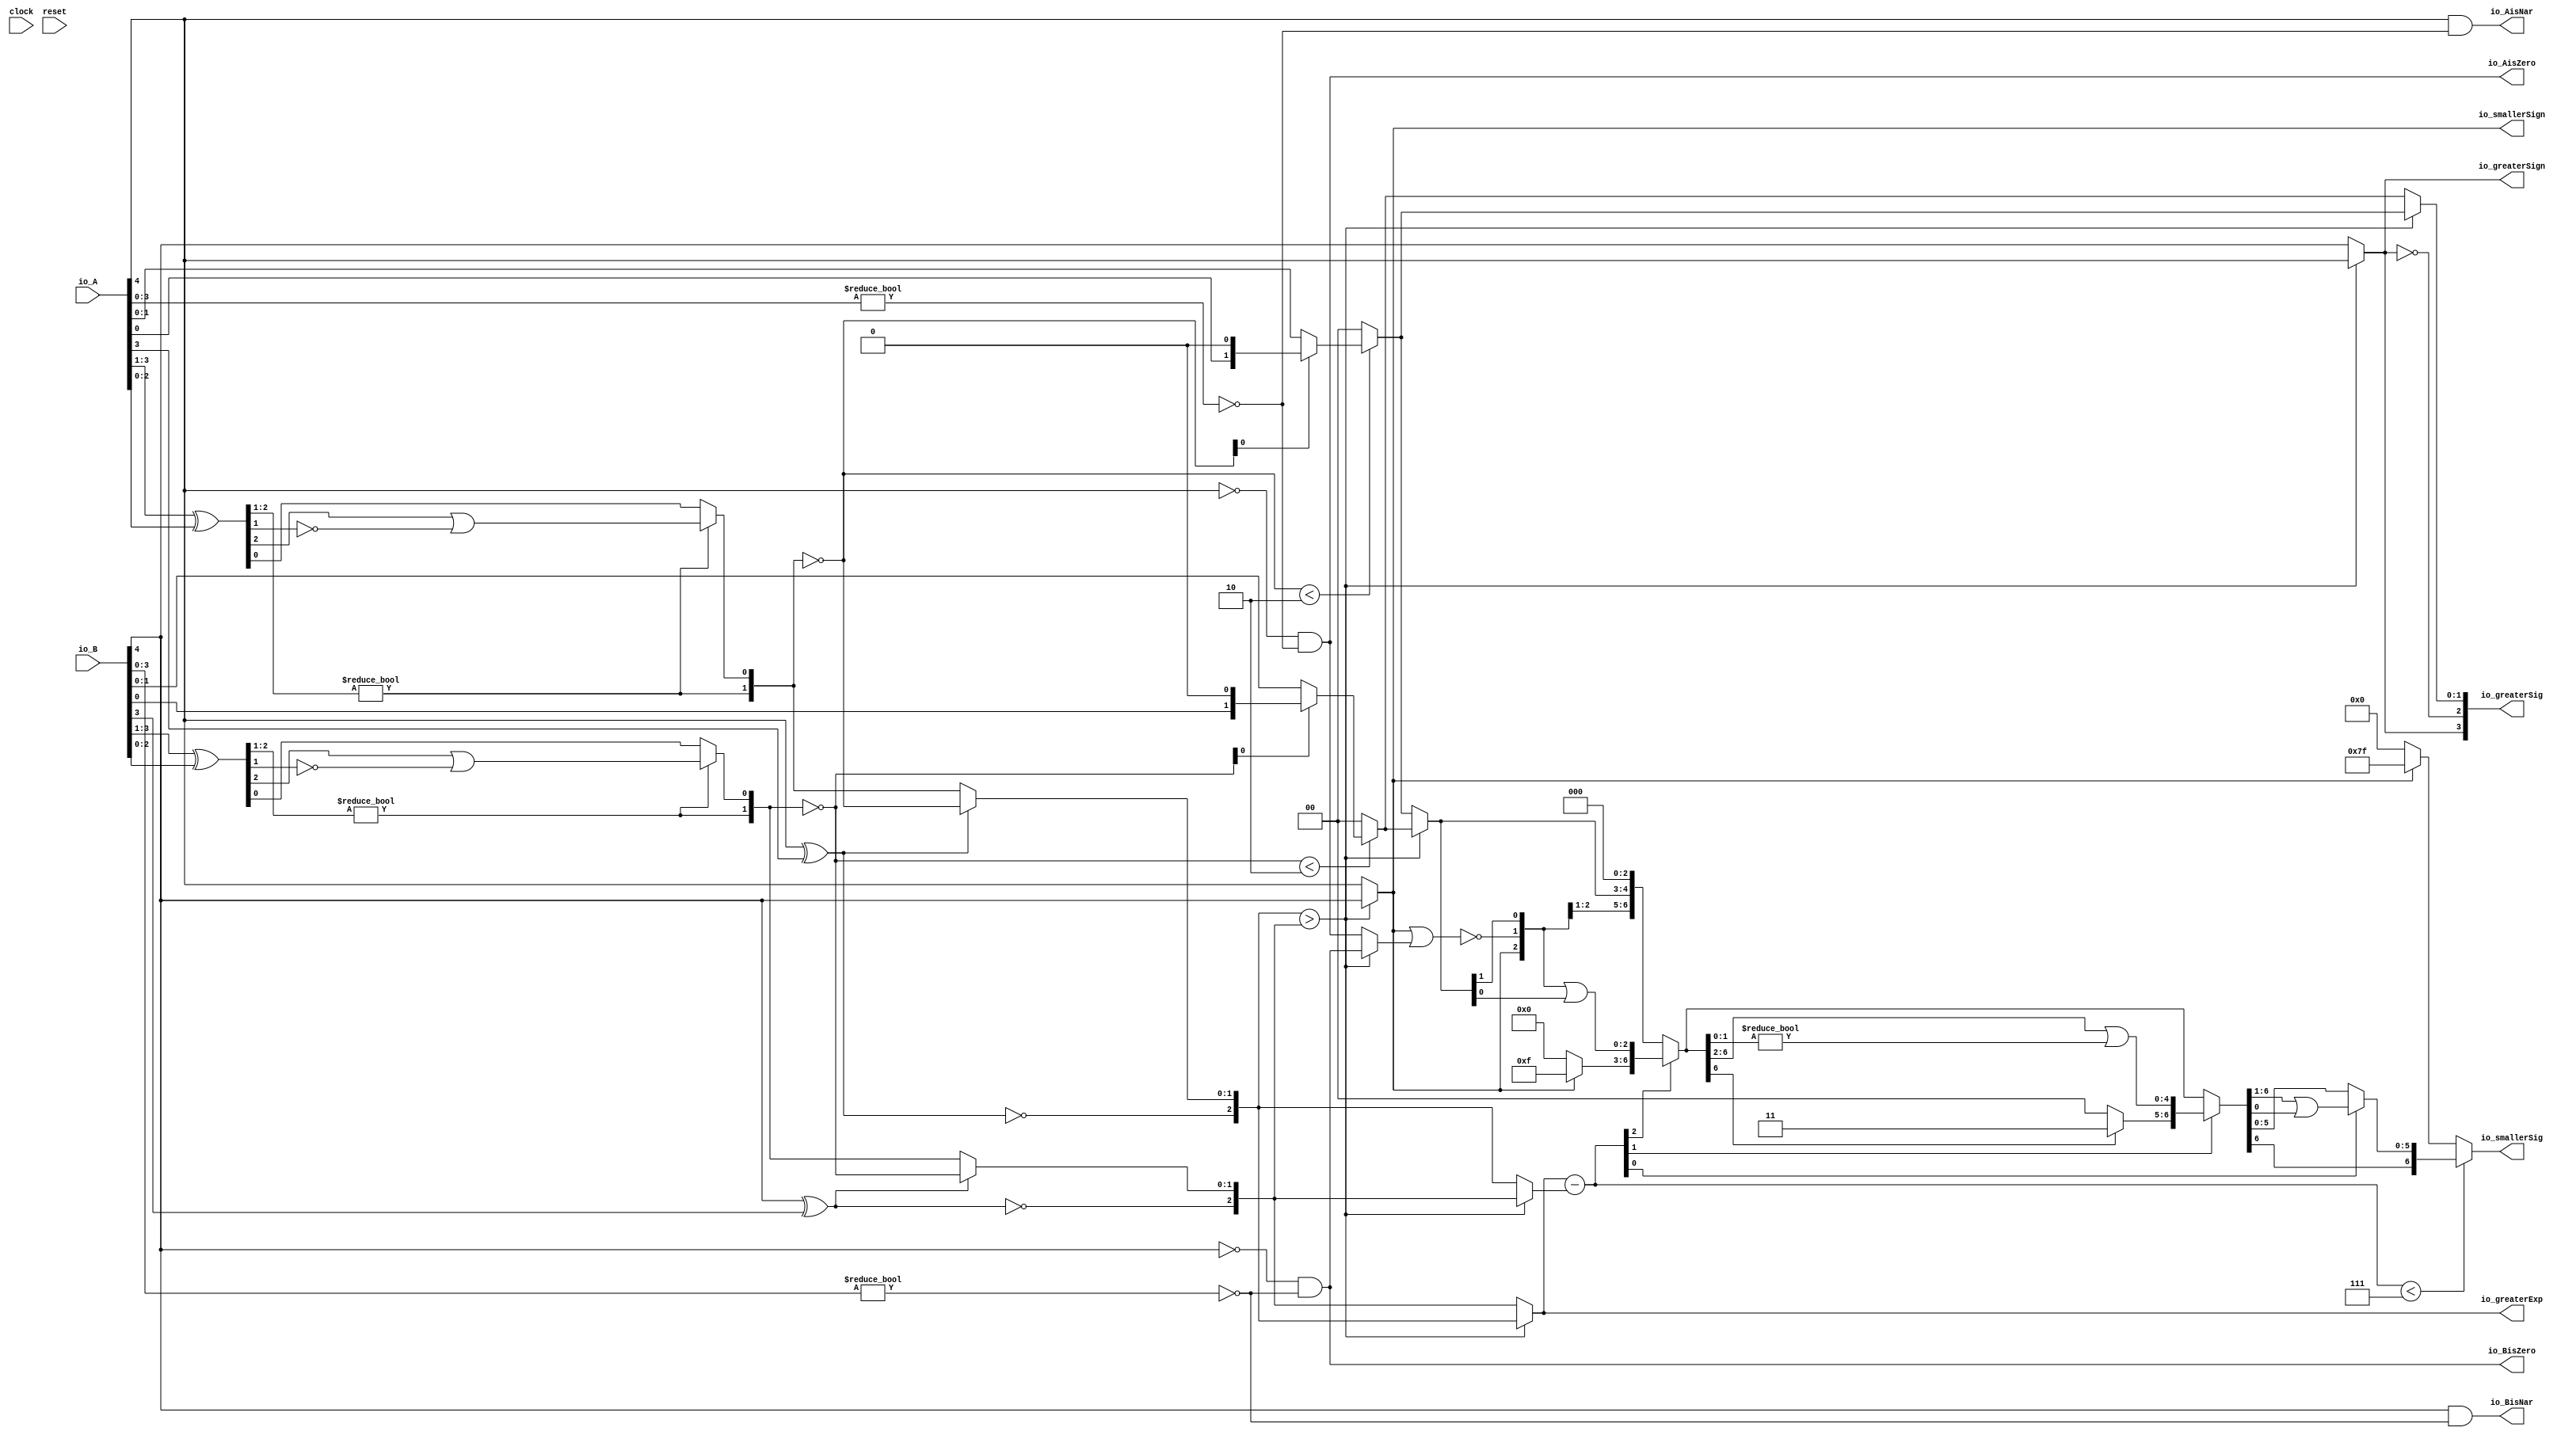
module Sig_op5_0(
  input        clock,
  input        reset,
  input  [4:0] io_A,
  input  [4:0] io_B,
  output       io_greaterSign,
  output       io_smallerSign,
  output [2:0] io_greaterExp,
  output [3:0] io_greaterSig,
  output [6:0] io_smallerSig,
  output       io_AisNar,
  output       io_BisNar,
  output       io_AisZero,
  output       io_BisZero
);
  wire  _T_1; // @[convert.scala 18:24]
  wire  _T_2; // @[convert.scala 18:40]
  wire  _T_3; // @[convert.scala 18:36]
  wire [2:0] _T_4; // @[convert.scala 19:24]
  wire [2:0] _T_5; // @[convert.scala 19:43]
  wire [2:0] _T_6; // @[convert.scala 19:39]
  wire [1:0] _T_7; // @[LZD.scala 43:32]
  wire  _T_8; // @[LZD.scala 39:14]
  wire  _T_9; // @[LZD.scala 39:21]
  wire  _T_10; // @[LZD.scala 39:30]
  wire  _T_11; // @[LZD.scala 39:27]
  wire  _T_12; // @[LZD.scala 39:25]
  wire [1:0] _T_13; // @[Cat.scala 29:58]
  wire  _T_14; // @[LZD.scala 44:32]
  wire  _T_16; // @[Shift.scala 12:21]
  wire  _T_18; // @[LZD.scala 55:32]
  wire  _T_19; // @[LZD.scala 55:20]
  wire [1:0] _T_20; // @[Cat.scala 29:58]
  wire [1:0] _T_21; // @[convert.scala 21:22]
  wire [1:0] _T_22; // @[convert.scala 22:36]
  wire  _T_23; // @[Shift.scala 16:24]
  wire  _T_24; // @[Shift.scala 17:37]
  wire  _T_26; // @[Shift.scala 64:52]
  wire [1:0] _T_27; // @[Cat.scala 29:58]
  wire [1:0] _T_28; // @[Shift.scala 64:27]
  wire [1:0] decA_fraction; // @[Shift.scala 16:10]
  wire  _T_32; // @[convert.scala 25:26]
  wire [1:0] _T_34; // @[convert.scala 25:42]
  wire [2:0] _T_35; // @[Cat.scala 29:58]
  wire [3:0] _T_37; // @[convert.scala 29:56]
  wire  _T_38; // @[convert.scala 29:60]
  wire  _T_39; // @[convert.scala 29:41]
  wire  _T_42; // @[convert.scala 30:19]
  wire  decA_isZero; // @[convert.scala 30:41]
  wire [2:0] decA_scale; // @[convert.scala 32:24]
  wire  _T_51; // @[convert.scala 18:24]
  wire  _T_52; // @[convert.scala 18:40]
  wire  _T_53; // @[convert.scala 18:36]
  wire [2:0] _T_54; // @[convert.scala 19:24]
  wire [2:0] _T_55; // @[convert.scala 19:43]
  wire [2:0] _T_56; // @[convert.scala 19:39]
  wire [1:0] _T_57; // @[LZD.scala 43:32]
  wire  _T_58; // @[LZD.scala 39:14]
  wire  _T_59; // @[LZD.scala 39:21]
  wire  _T_60; // @[LZD.scala 39:30]
  wire  _T_61; // @[LZD.scala 39:27]
  wire  _T_62; // @[LZD.scala 39:25]
  wire [1:0] _T_63; // @[Cat.scala 29:58]
  wire  _T_64; // @[LZD.scala 44:32]
  wire  _T_66; // @[Shift.scala 12:21]
  wire  _T_68; // @[LZD.scala 55:32]
  wire  _T_69; // @[LZD.scala 55:20]
  wire [1:0] _T_70; // @[Cat.scala 29:58]
  wire [1:0] _T_71; // @[convert.scala 21:22]
  wire [1:0] _T_72; // @[convert.scala 22:36]
  wire  _T_73; // @[Shift.scala 16:24]
  wire  _T_74; // @[Shift.scala 17:37]
  wire  _T_76; // @[Shift.scala 64:52]
  wire [1:0] _T_77; // @[Cat.scala 29:58]
  wire [1:0] _T_78; // @[Shift.scala 64:27]
  wire [1:0] decB_fraction; // @[Shift.scala 16:10]
  wire  _T_82; // @[convert.scala 25:26]
  wire [1:0] _T_84; // @[convert.scala 25:42]
  wire [2:0] _T_85; // @[Cat.scala 29:58]
  wire [3:0] _T_87; // @[convert.scala 29:56]
  wire  _T_88; // @[convert.scala 29:60]
  wire  _T_89; // @[convert.scala 29:41]
  wire  _T_92; // @[convert.scala 30:19]
  wire  decB_isZero; // @[convert.scala 30:41]
  wire [2:0] decB_scale; // @[convert.scala 32:24]
  wire  aGTb; // @[Sig_op.scala 38:32]
  wire [2:0] smallerExp; // @[Sig_op.scala 42:24]
  wire [1:0] greaterFrac; // @[Sig_op.scala 43:24]
  wire [1:0] smallerFrac; // @[Sig_op.scala 44:24]
  wire  smallerZero; // @[Sig_op.scala 45:24]
  wire [2:0] _T_104; // @[Sig_op.scala 46:35]
  wire [2:0] scale_diff; // @[Sig_op.scala 46:35]
  wire  _T_105; // @[Sig_op.scala 51:53]
  wire  _T_106; // @[Sig_op.scala 51:36]
  wire [6:0] _T_109; // @[Cat.scala 29:58]
  wire [2:0] _T_110; // @[Sig_op.scala 51:124]
  wire  _T_111; // @[Shift.scala 39:24]
  wire [2:0] _T_113; // @[Shift.scala 90:30]
  wire [3:0] _T_114; // @[Shift.scala 90:48]
  wire  _T_115; // @[Shift.scala 90:57]
  wire [2:0] _GEN_0; // @[Shift.scala 90:39]
  wire [2:0] _T_116; // @[Shift.scala 90:39]
  wire  _T_117; // @[Shift.scala 12:21]
  wire  _T_118; // @[Shift.scala 12:21]
  wire [3:0] _T_120; // @[Bitwise.scala 71:12]
  wire [6:0] _T_121; // @[Cat.scala 29:58]
  wire [6:0] _T_122; // @[Shift.scala 91:22]
  wire [1:0] _T_123; // @[Shift.scala 92:77]
  wire [4:0] _T_124; // @[Shift.scala 90:30]
  wire [1:0] _T_125; // @[Shift.scala 90:48]
  wire  _T_126; // @[Shift.scala 90:57]
  wire [4:0] _GEN_1; // @[Shift.scala 90:39]
  wire [4:0] _T_127; // @[Shift.scala 90:39]
  wire  _T_128; // @[Shift.scala 12:21]
  wire  _T_129; // @[Shift.scala 12:21]
  wire [1:0] _T_131; // @[Bitwise.scala 71:12]
  wire [6:0] _T_132; // @[Cat.scala 29:58]
  wire [6:0] _T_133; // @[Shift.scala 91:22]
  wire  _T_134; // @[Shift.scala 92:77]
  wire [5:0] _T_135; // @[Shift.scala 90:30]
  wire  _T_136; // @[Shift.scala 90:48]
  wire [5:0] _GEN_2; // @[Shift.scala 90:39]
  wire [5:0] _T_138; // @[Shift.scala 90:39]
  wire  _T_140; // @[Shift.scala 12:21]
  wire [6:0] _T_141; // @[Cat.scala 29:58]
  wire [6:0] _T_142; // @[Shift.scala 91:22]
  wire [6:0] _T_145; // @[Bitwise.scala 71:12]
  wire  _T_146; // @[Sig_op.scala 57:40]
  wire [1:0] _T_147; // @[Cat.scala 29:58]
  assign _T_1 = io_A[4]; // @[convert.scala 18:24]
  assign _T_2 = io_A[3]; // @[convert.scala 18:40]
  assign _T_3 = _T_1 ^ _T_2; // @[convert.scala 18:36]
  assign _T_4 = io_A[3:1]; // @[convert.scala 19:24]
  assign _T_5 = io_A[2:0]; // @[convert.scala 19:43]
  assign _T_6 = _T_4 ^ _T_5; // @[convert.scala 19:39]
  assign _T_7 = _T_6[2:1]; // @[LZD.scala 43:32]
  assign _T_8 = _T_7 != 2'h0; // @[LZD.scala 39:14]
  assign _T_9 = _T_7[1]; // @[LZD.scala 39:21]
  assign _T_10 = _T_7[0]; // @[LZD.scala 39:30]
  assign _T_11 = ~ _T_10; // @[LZD.scala 39:27]
  assign _T_12 = _T_9 | _T_11; // @[LZD.scala 39:25]
  assign _T_13 = {_T_8,_T_12}; // @[Cat.scala 29:58]
  assign _T_14 = _T_6[0:0]; // @[LZD.scala 44:32]
  assign _T_16 = _T_13[1]; // @[Shift.scala 12:21]
  assign _T_18 = _T_13[0:0]; // @[LZD.scala 55:32]
  assign _T_19 = _T_16 ? _T_18 : _T_14; // @[LZD.scala 55:20]
  assign _T_20 = {_T_16,_T_19}; // @[Cat.scala 29:58]
  assign _T_21 = ~ _T_20; // @[convert.scala 21:22]
  assign _T_22 = io_A[1:0]; // @[convert.scala 22:36]
  assign _T_23 = _T_21 < 2'h2; // @[Shift.scala 16:24]
  assign _T_24 = _T_21[0]; // @[Shift.scala 17:37]
  assign _T_26 = _T_22[0:0]; // @[Shift.scala 64:52]
  assign _T_27 = {_T_26,1'h0}; // @[Cat.scala 29:58]
  assign _T_28 = _T_24 ? _T_27 : _T_22; // @[Shift.scala 64:27]
  assign decA_fraction = _T_23 ? _T_28 : 2'h0; // @[Shift.scala 16:10]
  assign _T_32 = _T_3 == 1'h0; // @[convert.scala 25:26]
  assign _T_34 = _T_3 ? _T_21 : _T_20; // @[convert.scala 25:42]
  assign _T_35 = {_T_32,_T_34}; // @[Cat.scala 29:58]
  assign _T_37 = io_A[3:0]; // @[convert.scala 29:56]
  assign _T_38 = _T_37 != 4'h0; // @[convert.scala 29:60]
  assign _T_39 = ~ _T_38; // @[convert.scala 29:41]
  assign _T_42 = _T_1 == 1'h0; // @[convert.scala 30:19]
  assign decA_isZero = _T_42 & _T_39; // @[convert.scala 30:41]
  assign decA_scale = $signed(_T_35); // @[convert.scala 32:24]
  assign _T_51 = io_B[4]; // @[convert.scala 18:24]
  assign _T_52 = io_B[3]; // @[convert.scala 18:40]
  assign _T_53 = _T_51 ^ _T_52; // @[convert.scala 18:36]
  assign _T_54 = io_B[3:1]; // @[convert.scala 19:24]
  assign _T_55 = io_B[2:0]; // @[convert.scala 19:43]
  assign _T_56 = _T_54 ^ _T_55; // @[convert.scala 19:39]
  assign _T_57 = _T_56[2:1]; // @[LZD.scala 43:32]
  assign _T_58 = _T_57 != 2'h0; // @[LZD.scala 39:14]
  assign _T_59 = _T_57[1]; // @[LZD.scala 39:21]
  assign _T_60 = _T_57[0]; // @[LZD.scala 39:30]
  assign _T_61 = ~ _T_60; // @[LZD.scala 39:27]
  assign _T_62 = _T_59 | _T_61; // @[LZD.scala 39:25]
  assign _T_63 = {_T_58,_T_62}; // @[Cat.scala 29:58]
  assign _T_64 = _T_56[0:0]; // @[LZD.scala 44:32]
  assign _T_66 = _T_63[1]; // @[Shift.scala 12:21]
  assign _T_68 = _T_63[0:0]; // @[LZD.scala 55:32]
  assign _T_69 = _T_66 ? _T_68 : _T_64; // @[LZD.scala 55:20]
  assign _T_70 = {_T_66,_T_69}; // @[Cat.scala 29:58]
  assign _T_71 = ~ _T_70; // @[convert.scala 21:22]
  assign _T_72 = io_B[1:0]; // @[convert.scala 22:36]
  assign _T_73 = _T_71 < 2'h2; // @[Shift.scala 16:24]
  assign _T_74 = _T_71[0]; // @[Shift.scala 17:37]
  assign _T_76 = _T_72[0:0]; // @[Shift.scala 64:52]
  assign _T_77 = {_T_76,1'h0}; // @[Cat.scala 29:58]
  assign _T_78 = _T_74 ? _T_77 : _T_72; // @[Shift.scala 64:27]
  assign decB_fraction = _T_73 ? _T_78 : 2'h0; // @[Shift.scala 16:10]
  assign _T_82 = _T_53 == 1'h0; // @[convert.scala 25:26]
  assign _T_84 = _T_53 ? _T_71 : _T_70; // @[convert.scala 25:42]
  assign _T_85 = {_T_82,_T_84}; // @[Cat.scala 29:58]
  assign _T_87 = io_B[3:0]; // @[convert.scala 29:56]
  assign _T_88 = _T_87 != 4'h0; // @[convert.scala 29:60]
  assign _T_89 = ~ _T_88; // @[convert.scala 29:41]
  assign _T_92 = _T_51 == 1'h0; // @[convert.scala 30:19]
  assign decB_isZero = _T_92 & _T_89; // @[convert.scala 30:41]
  assign decB_scale = $signed(_T_85); // @[convert.scala 32:24]
  assign aGTb = $signed(decA_scale) > $signed(decB_scale); // @[Sig_op.scala 38:32]
  assign smallerExp = aGTb ? $signed(decB_scale) : $signed(decA_scale); // @[Sig_op.scala 42:24]
  assign greaterFrac = aGTb ? decA_fraction : decB_fraction; // @[Sig_op.scala 43:24]
  assign smallerFrac = aGTb ? decB_fraction : decA_fraction; // @[Sig_op.scala 44:24]
  assign smallerZero = aGTb ? decB_isZero : decA_isZero; // @[Sig_op.scala 45:24]
  assign _T_104 = $signed(io_greaterExp) - $signed(smallerExp); // @[Sig_op.scala 46:35]
  assign scale_diff = $signed(_T_104); // @[Sig_op.scala 46:35]
  assign _T_105 = io_smallerSign | smallerZero; // @[Sig_op.scala 51:53]
  assign _T_106 = ~ _T_105; // @[Sig_op.scala 51:36]
  assign _T_109 = {io_smallerSign,_T_106,smallerFrac,3'h0}; // @[Cat.scala 29:58]
  assign _T_110 = $unsigned(scale_diff); // @[Sig_op.scala 51:124]
  assign _T_111 = _T_110 < 3'h7; // @[Shift.scala 39:24]
  assign _T_113 = _T_109[6:4]; // @[Shift.scala 90:30]
  assign _T_114 = _T_109[3:0]; // @[Shift.scala 90:48]
  assign _T_115 = _T_114 != 4'h0; // @[Shift.scala 90:57]
  assign _GEN_0 = {{2'd0}, _T_115}; // @[Shift.scala 90:39]
  assign _T_116 = _T_113 | _GEN_0; // @[Shift.scala 90:39]
  assign _T_117 = _T_110[2]; // @[Shift.scala 12:21]
  assign _T_118 = _T_109[6]; // @[Shift.scala 12:21]
  assign _T_120 = _T_118 ? 4'hf : 4'h0; // @[Bitwise.scala 71:12]
  assign _T_121 = {_T_120,_T_116}; // @[Cat.scala 29:58]
  assign _T_122 = _T_117 ? _T_121 : _T_109; // @[Shift.scala 91:22]
  assign _T_123 = _T_110[1:0]; // @[Shift.scala 92:77]
  assign _T_124 = _T_122[6:2]; // @[Shift.scala 90:30]
  assign _T_125 = _T_122[1:0]; // @[Shift.scala 90:48]
  assign _T_126 = _T_125 != 2'h0; // @[Shift.scala 90:57]
  assign _GEN_1 = {{4'd0}, _T_126}; // @[Shift.scala 90:39]
  assign _T_127 = _T_124 | _GEN_1; // @[Shift.scala 90:39]
  assign _T_128 = _T_123[1]; // @[Shift.scala 12:21]
  assign _T_129 = _T_122[6]; // @[Shift.scala 12:21]
  assign _T_131 = _T_129 ? 2'h3 : 2'h0; // @[Bitwise.scala 71:12]
  assign _T_132 = {_T_131,_T_127}; // @[Cat.scala 29:58]
  assign _T_133 = _T_128 ? _T_132 : _T_122; // @[Shift.scala 91:22]
  assign _T_134 = _T_123[0:0]; // @[Shift.scala 92:77]
  assign _T_135 = _T_133[6:1]; // @[Shift.scala 90:30]
  assign _T_136 = _T_133[0:0]; // @[Shift.scala 90:48]
  assign _GEN_2 = {{5'd0}, _T_136}; // @[Shift.scala 90:39]
  assign _T_138 = _T_135 | _GEN_2; // @[Shift.scala 90:39]
  assign _T_140 = _T_133[6]; // @[Shift.scala 12:21]
  assign _T_141 = {_T_140,_T_138}; // @[Cat.scala 29:58]
  assign _T_142 = _T_134 ? _T_141 : _T_133; // @[Shift.scala 91:22]
  assign _T_145 = _T_118 ? 7'h7f : 7'h0; // @[Bitwise.scala 71:12]
  assign _T_146 = ~ io_greaterSign; // @[Sig_op.scala 57:40]
  assign _T_147 = {io_greaterSign,_T_146}; // @[Cat.scala 29:58]
  assign io_greaterSign = aGTb ? _T_1 : _T_51; // @[Sig_op.scala 39:18]
  assign io_smallerSign = aGTb ? _T_51 : _T_1; // @[Sig_op.scala 40:18]
  assign io_greaterExp = aGTb ? $signed(decA_scale) : $signed(decB_scale); // @[Sig_op.scala 41:18]
  assign io_greaterSig = {_T_147,greaterFrac}; // @[Sig_op.scala 57:17]
  assign io_smallerSig = _T_111 ? _T_142 : _T_145; // @[Sig_op.scala 52:17]
  assign io_AisNar = _T_1 & _T_39; // @[Sig_op.scala 47:13]
  assign io_BisNar = _T_51 & _T_89; // @[Sig_op.scala 48:13]
  assign io_AisZero = _T_42 & _T_39; // @[Sig_op.scala 49:14]
  assign io_BisZero = _T_92 & _T_89; // @[Sig_op.scala 50:14]
endmodule